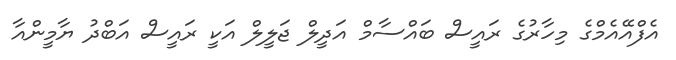
އެފްއޭއެމްގެ މިހާރުގެ ރައީސް ބައްސާމް އަދީލް ޖަލީލް އަކީ ރައީސް އަބްދު ޔާމީންއާ